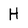
Character: H